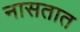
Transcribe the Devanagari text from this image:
नासतात